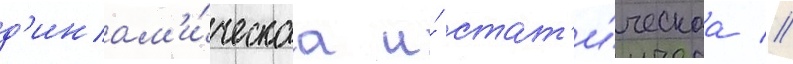
д'инам'и́ческаа и́ стат'и́ческаа //